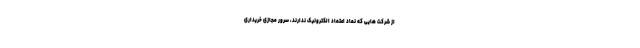
از شرکت هایی که نماد اعتماد الکترونیک ندارند، سرور مجازی خریداری